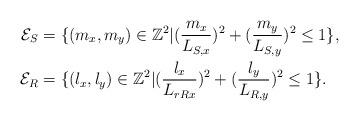
LaTeX: \begin{align*}\begin{aligned}\mathcal{E}_{S}&=\{ (m_x,m_y)\in \mathbb{Z}^{2} | (\frac{m_x}{L_{S,x}})^2+(\frac{m_y}{L_{S,y}})^2 \le 1 \},\\\mathcal{E}_{R}&=\{ (l_x,l_y)\in \mathbb{Z}^{2} | (\frac{l_x}{L_{rRx}})^2+(\frac{l_y}{L_{R,y}})^2 \le 1 \}.\end{aligned}\end{align*}